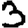
Digit: 3